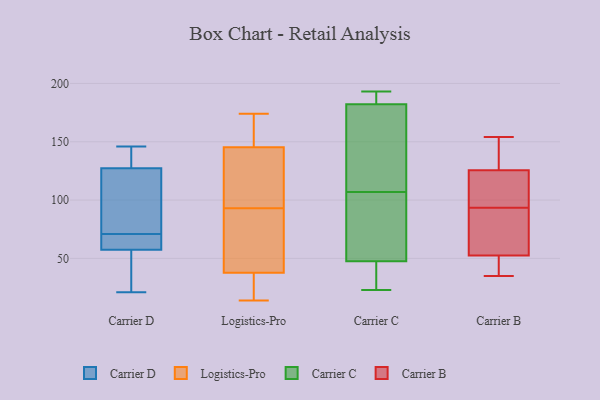
{"axis": {"x": "Shipments", "y": "Value"}, "legend": ["Carrier B", "Carrier C", "Carrier D", "Logistics-Pro"], "data": [{"x": "", "y": 63, "type": "Carrier D"}, {"x": "", "y": 113, "type": "Carrier D"}, {"x": "", "y": 59, "type": "Carrier D"}, {"x": "", "y": 71, "type": "Carrier D"}, {"x": "", "y": 139, "type": "Carrier D"}, {"x": "", "y": 146, "type": "Carrier D"}, {"x": "", "y": 112, "type": "Carrier D"}, {"x": "", "y": 57, "type": "Carrier D"}, {"x": "", "y": 132, "type": "Carrier D"}, {"x": "", "y": 37, "type": "Carrier D"}, {"x": "", "y": 21, "type": "Carrier D"}, {"x": "", "y": 138, "type": "Logistics-Pro"}, {"x": "", "y": 134, "type": "Logistics-Pro"}, {"x": "", "y": 171, "type": "Logistics-Pro"}, {"x": "", "y": 42, "type": "Logistics-Pro"}, {"x": "", "y": 174, "type": "Logistics-Pro"}, {"x": "", "y": 67, "type": "Logistics-Pro"}, {"x": "", "y": 125, "type": "Logistics-Pro"}, {"x": "", "y": 64, "type": "Logistics-Pro"}, {"x": "", "y": 172, "type": "Logistics-Pro"}, {"x": "", "y": 21, "type": "Logistics-Pro"}, {"x": "", "y": 37, "type": "Logistics-Pro"}, {"x": "", "y": 167, "type": "Logistics-Pro"}, {"x": "", "y": 23, "type": "Logistics-Pro"}, {"x": "", "y": 93, "type": "Logistics-Pro"}, {"x": "", "y": 14, "type": "Logistics-Pro"}, {"x": "", "y": 38, "type": "Logistics-Pro"}, {"x": "", "y": 137, "type": "Logistics-Pro"}, {"x": "", "y": 193, "type": "Carrier C"}, {"x": "", "y": 51, "type": "Carrier C"}, {"x": "", "y": 37, "type": "Carrier C"}, {"x": "", "y": 27, "type": "Carrier C"}, {"x": "", "y": 193, "type": "Carrier C"}, {"x": "", "y": 179, "type": "Carrier C"}, {"x": "", "y": 174, "type": "Carrier C"}, {"x": "", "y": 135, "type": "Carrier C"}, {"x": "", "y": 103, "type": "Carrier C"}, {"x": "", "y": 97, "type": "Carrier C"}, {"x": "", "y": 107, "type": "Carrier C"}, {"x": "", "y": 192, "type": "Carrier C"}, {"x": "", "y": 23, "type": "Carrier C"}, {"x": "", "y": 126, "type": "Carrier B"}, {"x": "", "y": 144, "type": "Carrier B"}, {"x": "", "y": 53, "type": "Carrier B"}, {"x": "", "y": 35, "type": "Carrier B"}, {"x": "", "y": 108, "type": "Carrier B"}, {"x": "", "y": 154, "type": "Carrier B"}, {"x": "", "y": 79, "type": "Carrier B"}, {"x": "", "y": 74, "type": "Carrier B"}, {"x": "", "y": 114, "type": "Carrier B"}, {"x": "", "y": 125, "type": "Carrier B"}, {"x": "", "y": 36, "type": "Carrier B"}, {"x": "", "y": 52, "type": "Carrier B"}]}